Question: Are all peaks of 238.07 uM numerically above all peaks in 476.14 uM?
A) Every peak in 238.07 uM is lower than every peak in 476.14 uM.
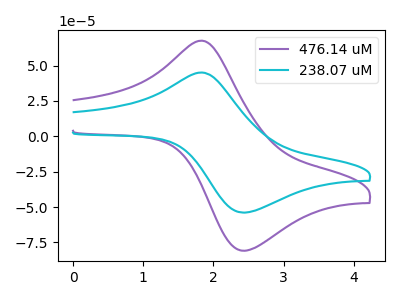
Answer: <think>The purple curve "476.14 uM" has an anodic peak at (1.80V, 67.55uA) and a cathodic peak at (2.45V, -80.95uA). The cyan curve "238.07 uM" has an anodic peak at (1.80V, 45.05uA) and a cathodic peak at (2.45V, -53.95uA).</think>
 <answer>A) Every peak in "238.07 uM" is lower than every peak in "476.14 uM".</answer>
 <eval>A</eval>